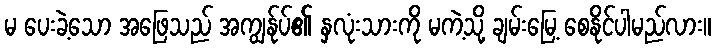
မ ပေးခဲ့သော အဖြေသည် အကျွန်ုပ်၏ နှလုံးသားကို မကဲ့သို့ ချမ်းမြေ့ စေနိုင်ပါမည်လား။